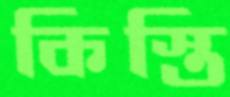
কিস্তি